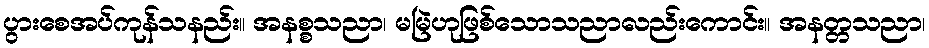
ပွားစေအပ်ကုန်သနည်း။ အနစ္စသညာ၊ မမြဲဟုဖြစ်သောသညာလည်းကောင်း။ အနတ္တသညာ၊